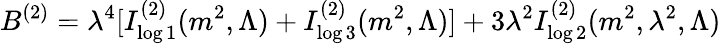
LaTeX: B^{(2)}=\lambda^{4}[I_{\log 1}^{(2)}(m^{2},\Lambda)+I_{\log 3}^{(2)}(m^{2},\Lambda)]+3\lambda^{2}I_{\log 2}^{(2)}(m^{2},\lambda^{2},\Lambda)